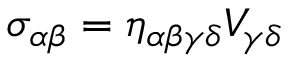
\sigma _ { \alpha \beta } = \eta _ { \alpha \beta \gamma \delta } V _ { \gamma \delta }